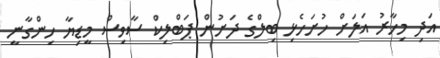
އަދި މިހާރު އަލަށް ހުށަހެޅި ބިލްގެ ދަށުން ޕަބްލިކް ސާވިސް މީޑިޔާ ހިންގާނީ